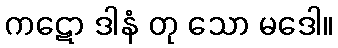
ကဋော ဒါနံ တု သော မဒေါ။